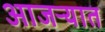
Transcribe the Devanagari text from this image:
आजऱ्यात